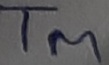
Text: TM